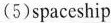
\underline{ (5)spaceship}___